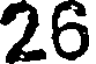
26